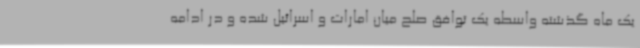
یک ماه گذشته واسطه یک توافق صلح میان امارات و اسرائیل شده و در ادامه